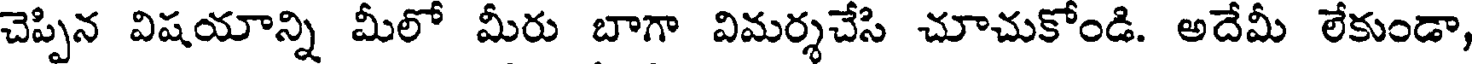
చెప్పిన విషయాన్ని మీలో మీరు బాగా విమర్శచేసి చూచుకోండి. అదేమీ లేకుండా,